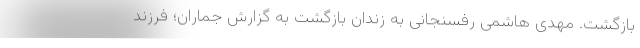
بازگشت. مهدی هاشمی رفسنجانی به زندان بازگشت به گزارش جماران؛ فرزند